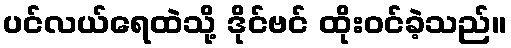
ပင်လယ်ရေထဲသို့ ဒိုင်ဗင် ထိုးဝင်ခဲ့သည်။